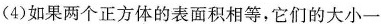
(4)如果两个正方体的表面积相等，它们的大小一